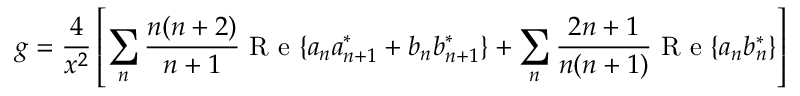
g = \frac { 4 } { x ^ { 2 } } \left[ \sum _ { n } \frac { n ( n + 2 ) } { n + 1 } \mathrm { ~ R ~ e ~ } \{ a _ { n } a _ { n + 1 } ^ { * } + b _ { n } b _ { n + 1 } ^ { * } \} + \sum _ { n } \frac { 2 n + 1 } { n ( n + 1 ) } \mathrm { ~ R ~ e ~ } \{ a _ { n } b _ { n } ^ { * } \} \right]